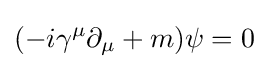
(-i\gamma ^{\mu }\partial _{\mu }+m)\psi =0